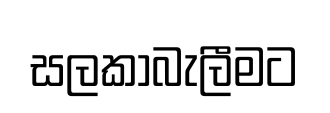
සලකාබැලීමට